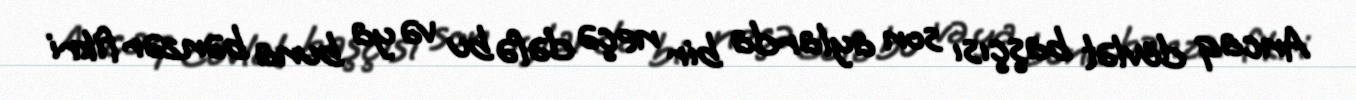
Ancaq dövlət başçısı son aylarda bir neçə dəfə bu və ya buna bənzər fikri